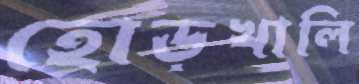
হোড়খালি